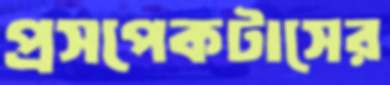
প্রসপেকটাসের